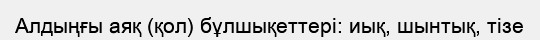
Алдыңғы аяқ (қол) бұлшықеттері: иық, шынтық, тізе